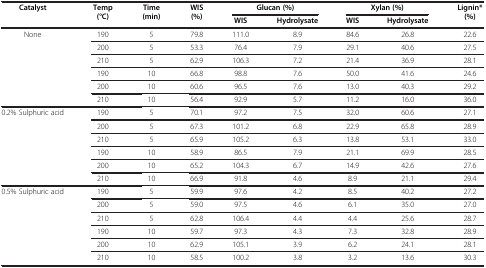
<table><thead><tr><td rowspan="2"><b>Catalyst</b></td><td rowspan="2"><b>Temp (°C)</b></td><td rowspan="2"><b>Time (min)</b></td><td rowspan="2"><b>WIS (%)</b></td><td colspan="2"><b>Glucan (%)</b></td><td colspan="2"><b>Xylan (%)</b></td><td rowspan="2"><b>Lignin* (%)</b></td></tr><tr><td><b>WIS</b></td><td><b>Hydrolysate</b></td><td><b>WIS</b></td><td><b>Hydrolysate</b></td></tr></thead><tbody><tr><td>None</td><td>190</td><td>5</td><td>79.8</td><td>111.0</td><td>8.9</td><td>84.6</td><td>26.8</td><td>22.6</td></tr><tr><td> </td><td>200</td><td>5</td><td>53.3</td><td>76.4</td><td>7.9</td><td>29.1</td><td>40.6</td><td>27.5</td></tr><tr><td> </td><td>210</td><td>5</td><td>62.9</td><td>106.3</td><td>7.2</td><td>21.4</td><td>36.9</td><td>28.1</td></tr><tr><td> </td><td>190</td><td>10</td><td>66.8</td><td>98.8</td><td>7.6</td><td>50.0</td><td>41.6</td><td>24.6</td></tr><tr><td> </td><td>200</td><td>10</td><td>60.6</td><td>96.5</td><td>7.6</td><td>13.0</td><td>40.3</td><td>29.2</td></tr><tr><td> </td><td>210</td><td>10</td><td>56.4</td><td>92.9</td><td>5.7</td><td>11.2</td><td>16.0</td><td>36.0</td></tr><tr><td>0.2% Sulphuric acid</td><td>190</td><td>5</td><td>70.1</td><td>97.2</td><td>7.5</td><td>32.0</td><td>60.6</td><td>27.1</td></tr><tr><td> </td><td>200</td><td>5</td><td>67.3</td><td>101.2</td><td>6.8</td><td>22.9</td><td>65.8</td><td>28.9</td></tr><tr><td> </td><td>210</td><td>5</td><td>65.9</td><td>105.2</td><td>6.3</td><td>13.8</td><td>53.1</td><td>33.0</td></tr><tr><td> </td><td>190</td><td>10</td><td>58.9</td><td>86.5</td><td>7.9</td><td>21.1</td><td>69.9</td><td>28.5</td></tr><tr><td> </td><td>200</td><td>10</td><td>65.2</td><td>104.3</td><td>6.7</td><td>14.9</td><td>42.6</td><td>27.6</td></tr><tr><td> </td><td>210</td><td>10</td><td>66.9</td><td>91.8</td><td>4.6</td><td>8.9</td><td>21.1</td><td>29.4</td></tr><tr><td>0.5% Sulphuric acid</td><td>190</td><td>5</td><td>59.9</td><td>97.6</td><td>4.2</td><td>8.5</td><td>40.2</td><td>27.2</td></tr><tr><td> </td><td>200</td><td>5</td><td>59.0</td><td>97.5</td><td>4.6</td><td>6.1</td><td>35.0</td><td>27.0</td></tr><tr><td> </td><td>210</td><td>5</td><td>62.8</td><td>106.4</td><td>4.4</td><td>4.4</td><td>25.6</td><td>28.7</td></tr><tr><td> </td><td>190</td><td>10</td><td>59.7</td><td>97.3</td><td>4.3</td><td>7.3</td><td>32.8</td><td>28.9</td></tr><tr><td> </td><td>200</td><td>10</td><td>62.9</td><td>105.1</td><td>3.9</td><td>6.2</td><td>24.1</td><td>28.1</td></tr><tr><td> </td><td>210</td><td>10</td><td>58.5</td><td>100.2</td><td>3.8</td><td>3.2</td><td>13.6</td><td>30.3</td></tr></tbody></table>